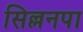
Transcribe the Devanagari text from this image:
सिल्लनपा